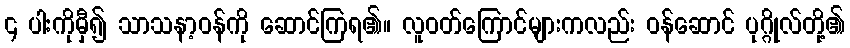
၄ ပါးကိုမှီ၍ သာသနာ့ဝန်ကို ဆောင်ကြရ၏။ လူဝတ်ကြောင်များကလည်း ဝန်ဆောင် ပုဂ္ဂိုလ်တို့၏